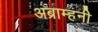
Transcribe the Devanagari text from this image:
अब्राम्हनी